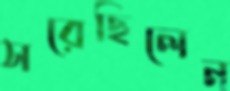
সরেছিলেন